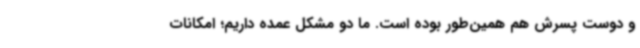
و دوست پسرش هم همین‌طور بوده است. ما دو مشکل عمده داریم؛ امکانات